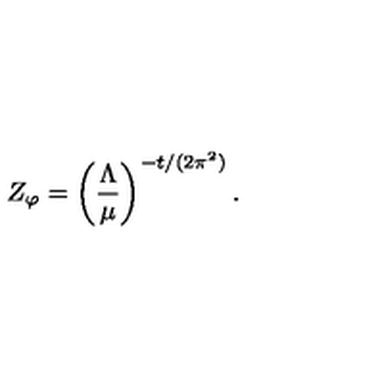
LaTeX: Z _ { \varphi } = \left( \frac { \Lambda } { \mu } \right) ^ { - t / ( 2 \pi ^ { 2 } ) } .